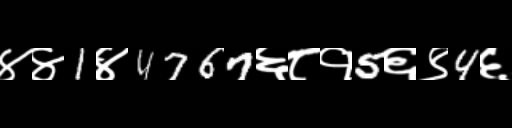
Text: ४४1४4767६८१5६९4६